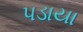
પડાયા